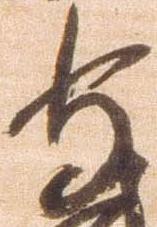
守